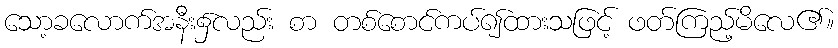
သော့ခလောက်အနီး၌လည်း စာ တစ်စောင်ကပ်၍ထားသဖြင့် ဖတ်ကြည့်မိလေ၏။